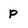
Character: p